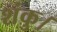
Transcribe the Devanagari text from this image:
शंकु।